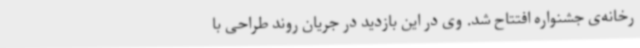
رخانه‌ی جشنواره افتتاح شد. وی در این بازدید در جریان روند طراحی با